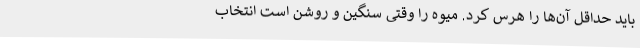
باید حداقل آن‌ها را هرس کرد. میوه را وقتی سنگین و روشن است انتخاب